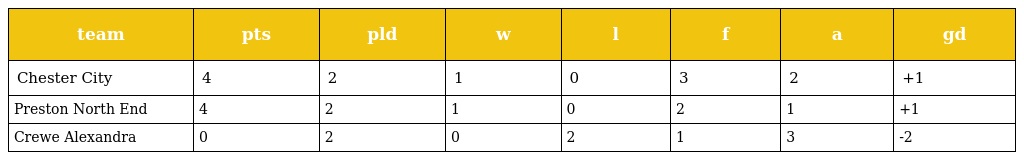
| team | pts | pld | w | l | f | a | gd |
 | --- | --- | --- | --- | --- | --- | --- | --- |
 | Chester City | 4 | 2 | 1 | 0 | 3 | 2 | +1 |
 | Preston North End | 4 | 2 | 1 | 0 | 2 | 1 | +1 |
 | Crewe Alexandra | 0 | 2 | 0 | 2 | 1 | 3 | -2 |